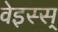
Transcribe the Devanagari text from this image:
वेइस्स्